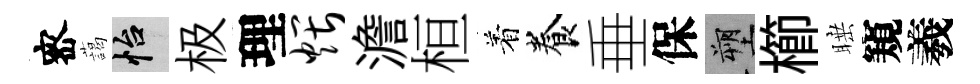
宻藹怡极理煨澹桓着養垂保塑櫛睡窺羲